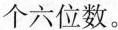
个六位数。